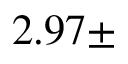
2 . 9 7 \pm